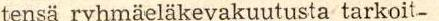
tensä ryhmäeläkevakuutusta tarkoit-